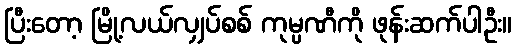
ပြီးတော့ မြို့လယ်လျှပ်စစ် ကုမ္ပဏီကို ဖုန်းဆက်ပါဦး။